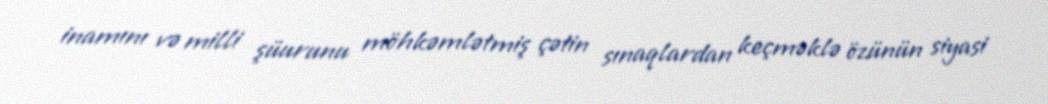
inamını və milli şüurunu möhkəmlətmiş çətin sınaqlardan keçməklə özünün siyasi